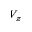
V _ { \pi }